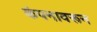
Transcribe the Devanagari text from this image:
कंपनावरून